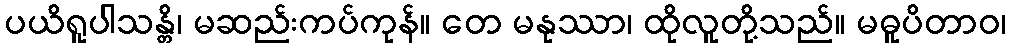
ပယိရူပါသန္တိ၊ မဆည်းကပ်ကုန်။ တေ မနုဿာ၊ ထိုလူတို့သည်။ မဓူပိတာဝ၊